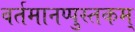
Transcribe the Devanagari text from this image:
वर्तमानप्पुस्तकम्